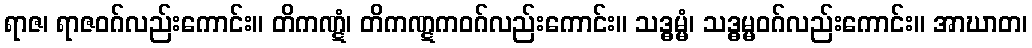
ရာဇ၊ ရာဇဝဂ်လည်းကောင်း။ တိကဏ္ဋံ၊ တိကဏ္ဋကဝဂ်လည်းကောင်း။ သဒ္ဓမ္မံ၊ သဒ္ဓမ္မဝဂ်လည်းကောင်း။ အာဃာတ၊